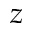
z